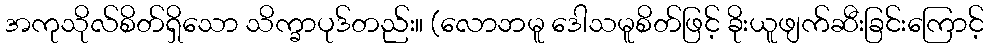
အကုသိုလ်စိတ်ရှိသော သိက္ခာပုဒ်တည်း။ (လောဘမူ ဒေါသမူစိတ်ဖြင့် ခိုးယူဖျက်ဆီးခြင်းကြောင့်